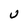
Character: U